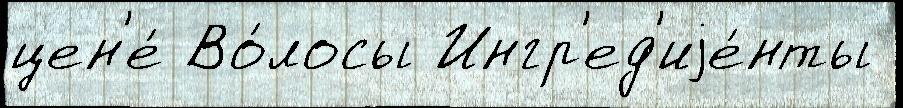
цен'е́ Во́лосы Ингр'ед'иjе́нты